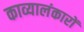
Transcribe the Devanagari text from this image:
काव्यालंकारों